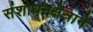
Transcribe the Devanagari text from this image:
संशोधनक्षेत्राने